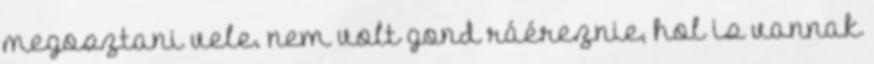
megosztani vele. nem volt gond ráéreznie, hol is vannak